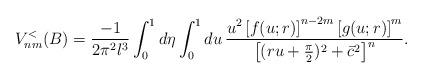
LaTeX: \begin{align*}V_{nm}^{<}(B) = \frac{-1}{2\pi^2 l^3} \int_{0}^{1} d\eta\int_{0}^{1} du\, \frac{u^2 \left[ f(u; r) \right]^{n-2m}\left[ g(u; r) \right]^m} {\left[ (ru +\frac{\pi}{2})^2 +\bar{c}^2 \right]^n}. \end{align*}